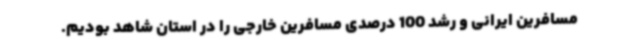
مسافرین ایرانی و رشد 100 درصدی مسافرین خارجی را در استان شاهد بودیم.